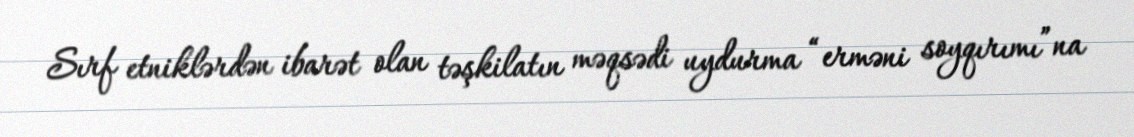
Sırf etniklərdən ibarət olan təşkilatın məqsədi uydurma “erməni soyqırımı”na